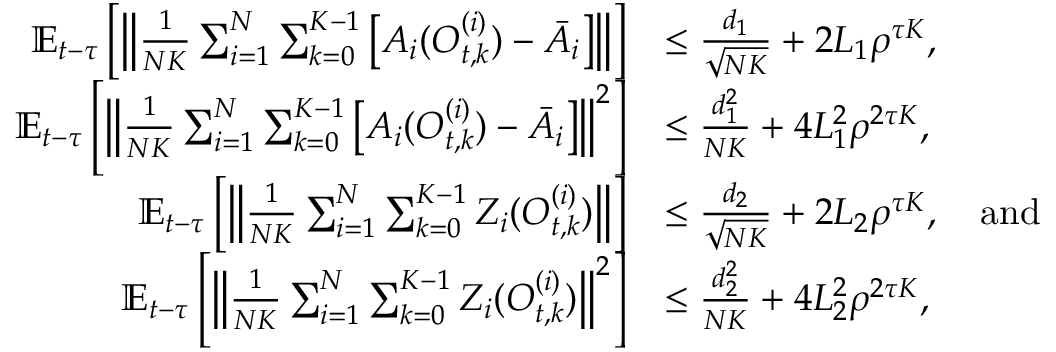
\begin{array} { r l } { \mathbb { E } _ { t - \tau } \left[ \left\| \frac { 1 } { N K } \sum _ { i = 1 } ^ { N } \sum _ { k = 0 } ^ { K - 1 } \left[ A _ { i } ( O _ { t , k } ^ { ( i ) } ) - \bar { A } _ { i } \right] \right\| \right] } & { \le \frac { d _ { 1 } } { \sqrt { N K } } + 2 L _ { 1 } \rho ^ { \tau K } , } \\ { \mathbb { E } _ { t - \tau } \left[ \left\| \frac { 1 } { N K } \sum _ { i = 1 } ^ { N } \sum _ { k = 0 } ^ { K - 1 } \left[ A _ { i } ( O _ { t , k } ^ { ( i ) } ) - \bar { A } _ { i } \right] \right\| ^ { 2 } \right] } & { \le \frac { d _ { 1 } ^ { 2 } } { N K } + 4 L _ { 1 } ^ { 2 } \rho ^ { 2 \tau K } , } \\ { \mathbb { E } _ { t - \tau } \left[ \left\| \frac { 1 } { N K } \sum _ { i = 1 } ^ { N } \sum _ { k = 0 } ^ { K - 1 } Z _ { i } ( O _ { t , k } ^ { ( i ) } ) \right\| \right] } & { \le \frac { d _ { 2 } } { \sqrt { N K } } + 2 L _ { 2 } \rho ^ { \tau K } , \quad \mathrm { a n d } } \\ { \mathbb { E } _ { t - \tau } \left[ \left\| \frac { 1 } { N K } \sum _ { i = 1 } ^ { N } \sum _ { k = 0 } ^ { K - 1 } Z _ { i } ( O _ { t , k } ^ { ( i ) } ) \right\| ^ { 2 } \right] } & { \le \frac { d _ { 2 } ^ { 2 } } { N K } + 4 L _ { 2 } ^ { 2 } \rho ^ { 2 \tau K } , } \end{array}